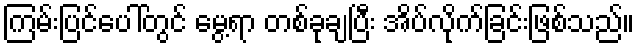
ကြမ်းပြင်ပေါ်တွင် မွေ့ရာ တစ်ခုချပြီး အိပ်လိုက်ခြင်းဖြစ်သည်။